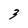
Character: 3